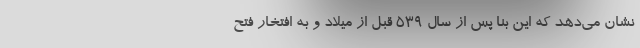
نشان می‌دهد که این بنا پس از سال ۵۳۹ قبل از میلاد و به افتخار فتح